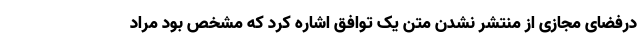
درفضای مجازی از منتشر نشدن متن یک توافق اشاره کرد که مشخص بود مراد